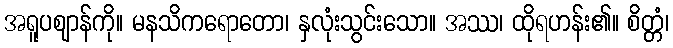
အရူပဈာန်ကို။ မနသိကရောတော၊ နှလုံးသွင်းသော။ အဿ၊ ထိုရဟန်း၏။ စိတ္တံ၊